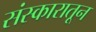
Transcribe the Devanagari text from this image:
संस्कारातून